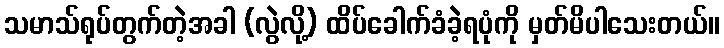
သမာသ်ရုပ်တွက်တဲ့အခါ (လွဲလို့) ထိပ်ခေါက်ခံခဲ့ရပုံကို မှတ်မိပါသေးတယ်။